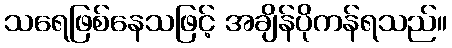
သရေဖြစ်နေသဖြင့် အချိန်ပိုကန်ရသည်။